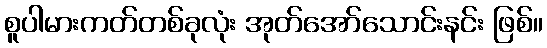
စူပါမားကတ်တစ်ခုလုံး အုတ်အော်သောင်းနင်း ဖြစ်။